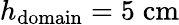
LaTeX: h_{\mathrm{domain}}=5\; \mathrm{cm}